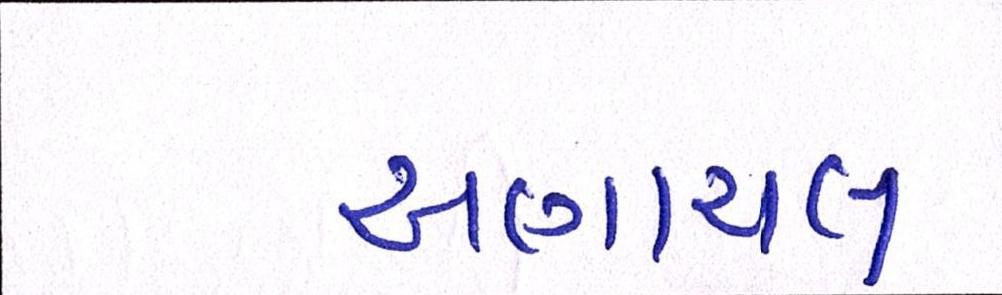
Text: અણાચલ